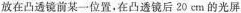
烛放在凸透镜前某-位置。在凸透镜后20cm的光屏